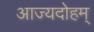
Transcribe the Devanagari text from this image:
आज्यदोहम्